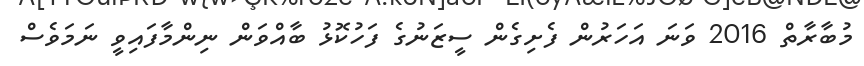
މުބާރާތް 2016 ވަނަ އަހަރުން ފެށިގެން ސީޒަނުގެ ފަހުކޮޅު ބާއްވަން ނިންމާފައިވީ ނަމަވެސް